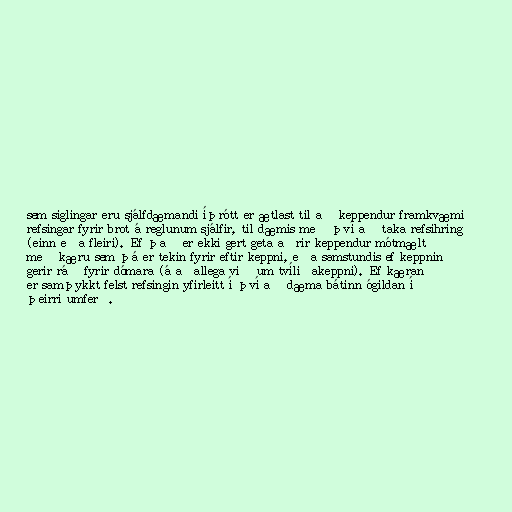
sem siglingar eru sjálfdæmandi íþrótt er ætlast til að keppendur framkvæmi
refsingar fyrir brot á reglunum sjálfir, til dæmis með því að taka refsihring
(einn eða fleiri). Ef það er ekki gert geta aðrir keppendur mótmælt
með kæru sem þá er tekin fyrir eftir keppni, eða samstundis ef keppnin
gerir ráð fyrir dómara (á aðallega við um tvíliðakeppni). Ef kæran
er samþykkt felst refsingin yfirleitt í því að dæma bátinn ógildan í
þeirri umferð.